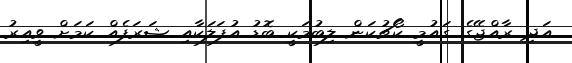
އަދި ރާއްޖޭގެ ގައުމީ ކޯޗުކަން ލިބުމަކީ ބޮޑު އުފަލަކާއި ޝަރަފެއް ކަމަށް ވީއިރު